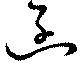
函